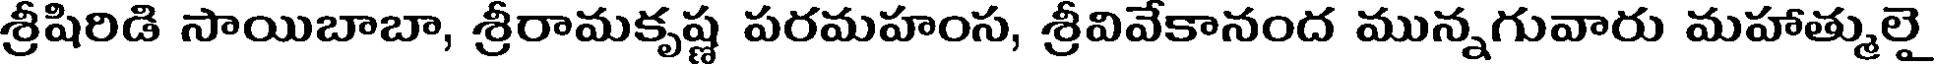
శ్రీషిరిడి సాయిబాబా, శ్రీరామకృష్ణ పరమహంస, శ్రీవివేకానంద మున్నగువారు మహాత్ములై